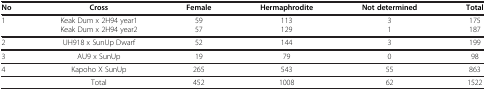
| No | Cross | Female | Hermaphrodite | Not determined | Total |
 | --- | --- | --- | --- | --- | --- |
 | 1 | Keak Dum x 2H94 year1Keak Dum x 2H94 year2 | 5957 | 113129 | 31 | 175187 |
 | 2 | UH918 x SunUp Dwarf | 52 | 144 | 3 | 199 |
 | 3 | AU9 x SunUp | 19 | 79 | 0 | 98 |
 | 4 | Kapoho X SunUp | 265 | 543 | 55 | 863 |
 |  | Total | 452 | 1008 | 62 | 1522 |